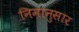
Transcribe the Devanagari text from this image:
निमानुसार